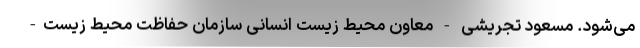
می‌شود. مسعود تجریشی - معاون محیط زیست انسانی سازمان حفاظت محیط زیست-